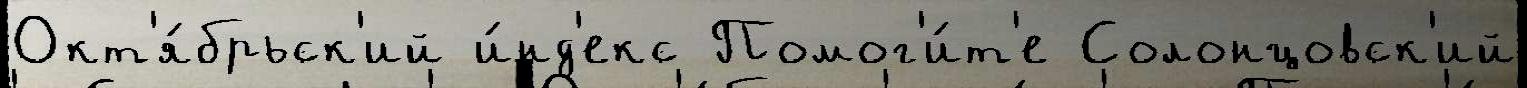
Окт'я́брьск'ий и́нд'екс Помог'и́т'е Солонцовск'ий